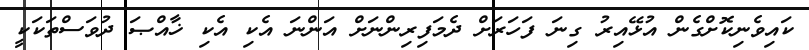
ކައިވެނިކޮށްގެން އުޅޭއިރު ގިނަ ފަހަރަށް ދެމަފިރިންނަށް އަންނަ އެކި އެކި ޚާއްޞަ ދުވަސްތަކަކީ